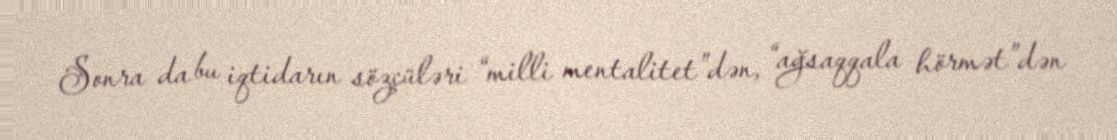
Sonra da bu iqtidarın sözçüləri “milli mentalitet”dən, “ağsaqqala hörmət”dən